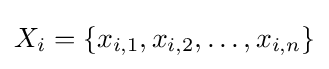
X_{i}=\{x_{i,1},x_{i,2},\ldots ,x_{i,n}\}